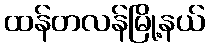
ထန်တလန်မြို့နယ်